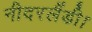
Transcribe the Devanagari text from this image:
नीदरलैंडी।